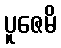
ပူဇေမိ